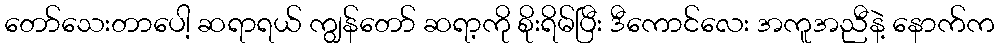
တော်သေးတာပေါ့ ဆရာရယ် ကျွန်တော် ဆရာ့ကို စိုးရိမ်ပြီး ဒီကောင်လေး အကူအညီနဲ့ နောက်က